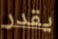
يقدر